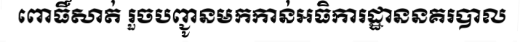
ពោធិ៍សាត់ រួចបញ្ជូនមកកាន់អធិការដ្ឋាននគរបាល